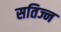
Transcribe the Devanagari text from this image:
सतिज्न